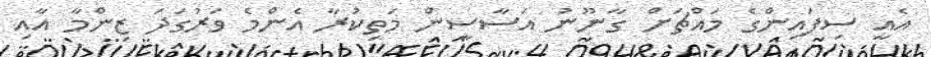
އެއީ ސިފައިންގެ މައްޗަށް ގާނޫނު އަސާސީން މަތިކުރާ އެންމެ ވަރުގަދަ ޒިންމާ އާއި